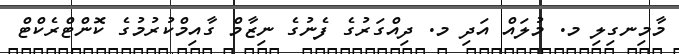
މާމިނގިލި މ. މުލައް އަދި މ. ދިއްގަރުގެ ފެނުގެ ނިޒާމް ގާއިމްކުރުމުގެ ކޮންޓްރެކްޓް